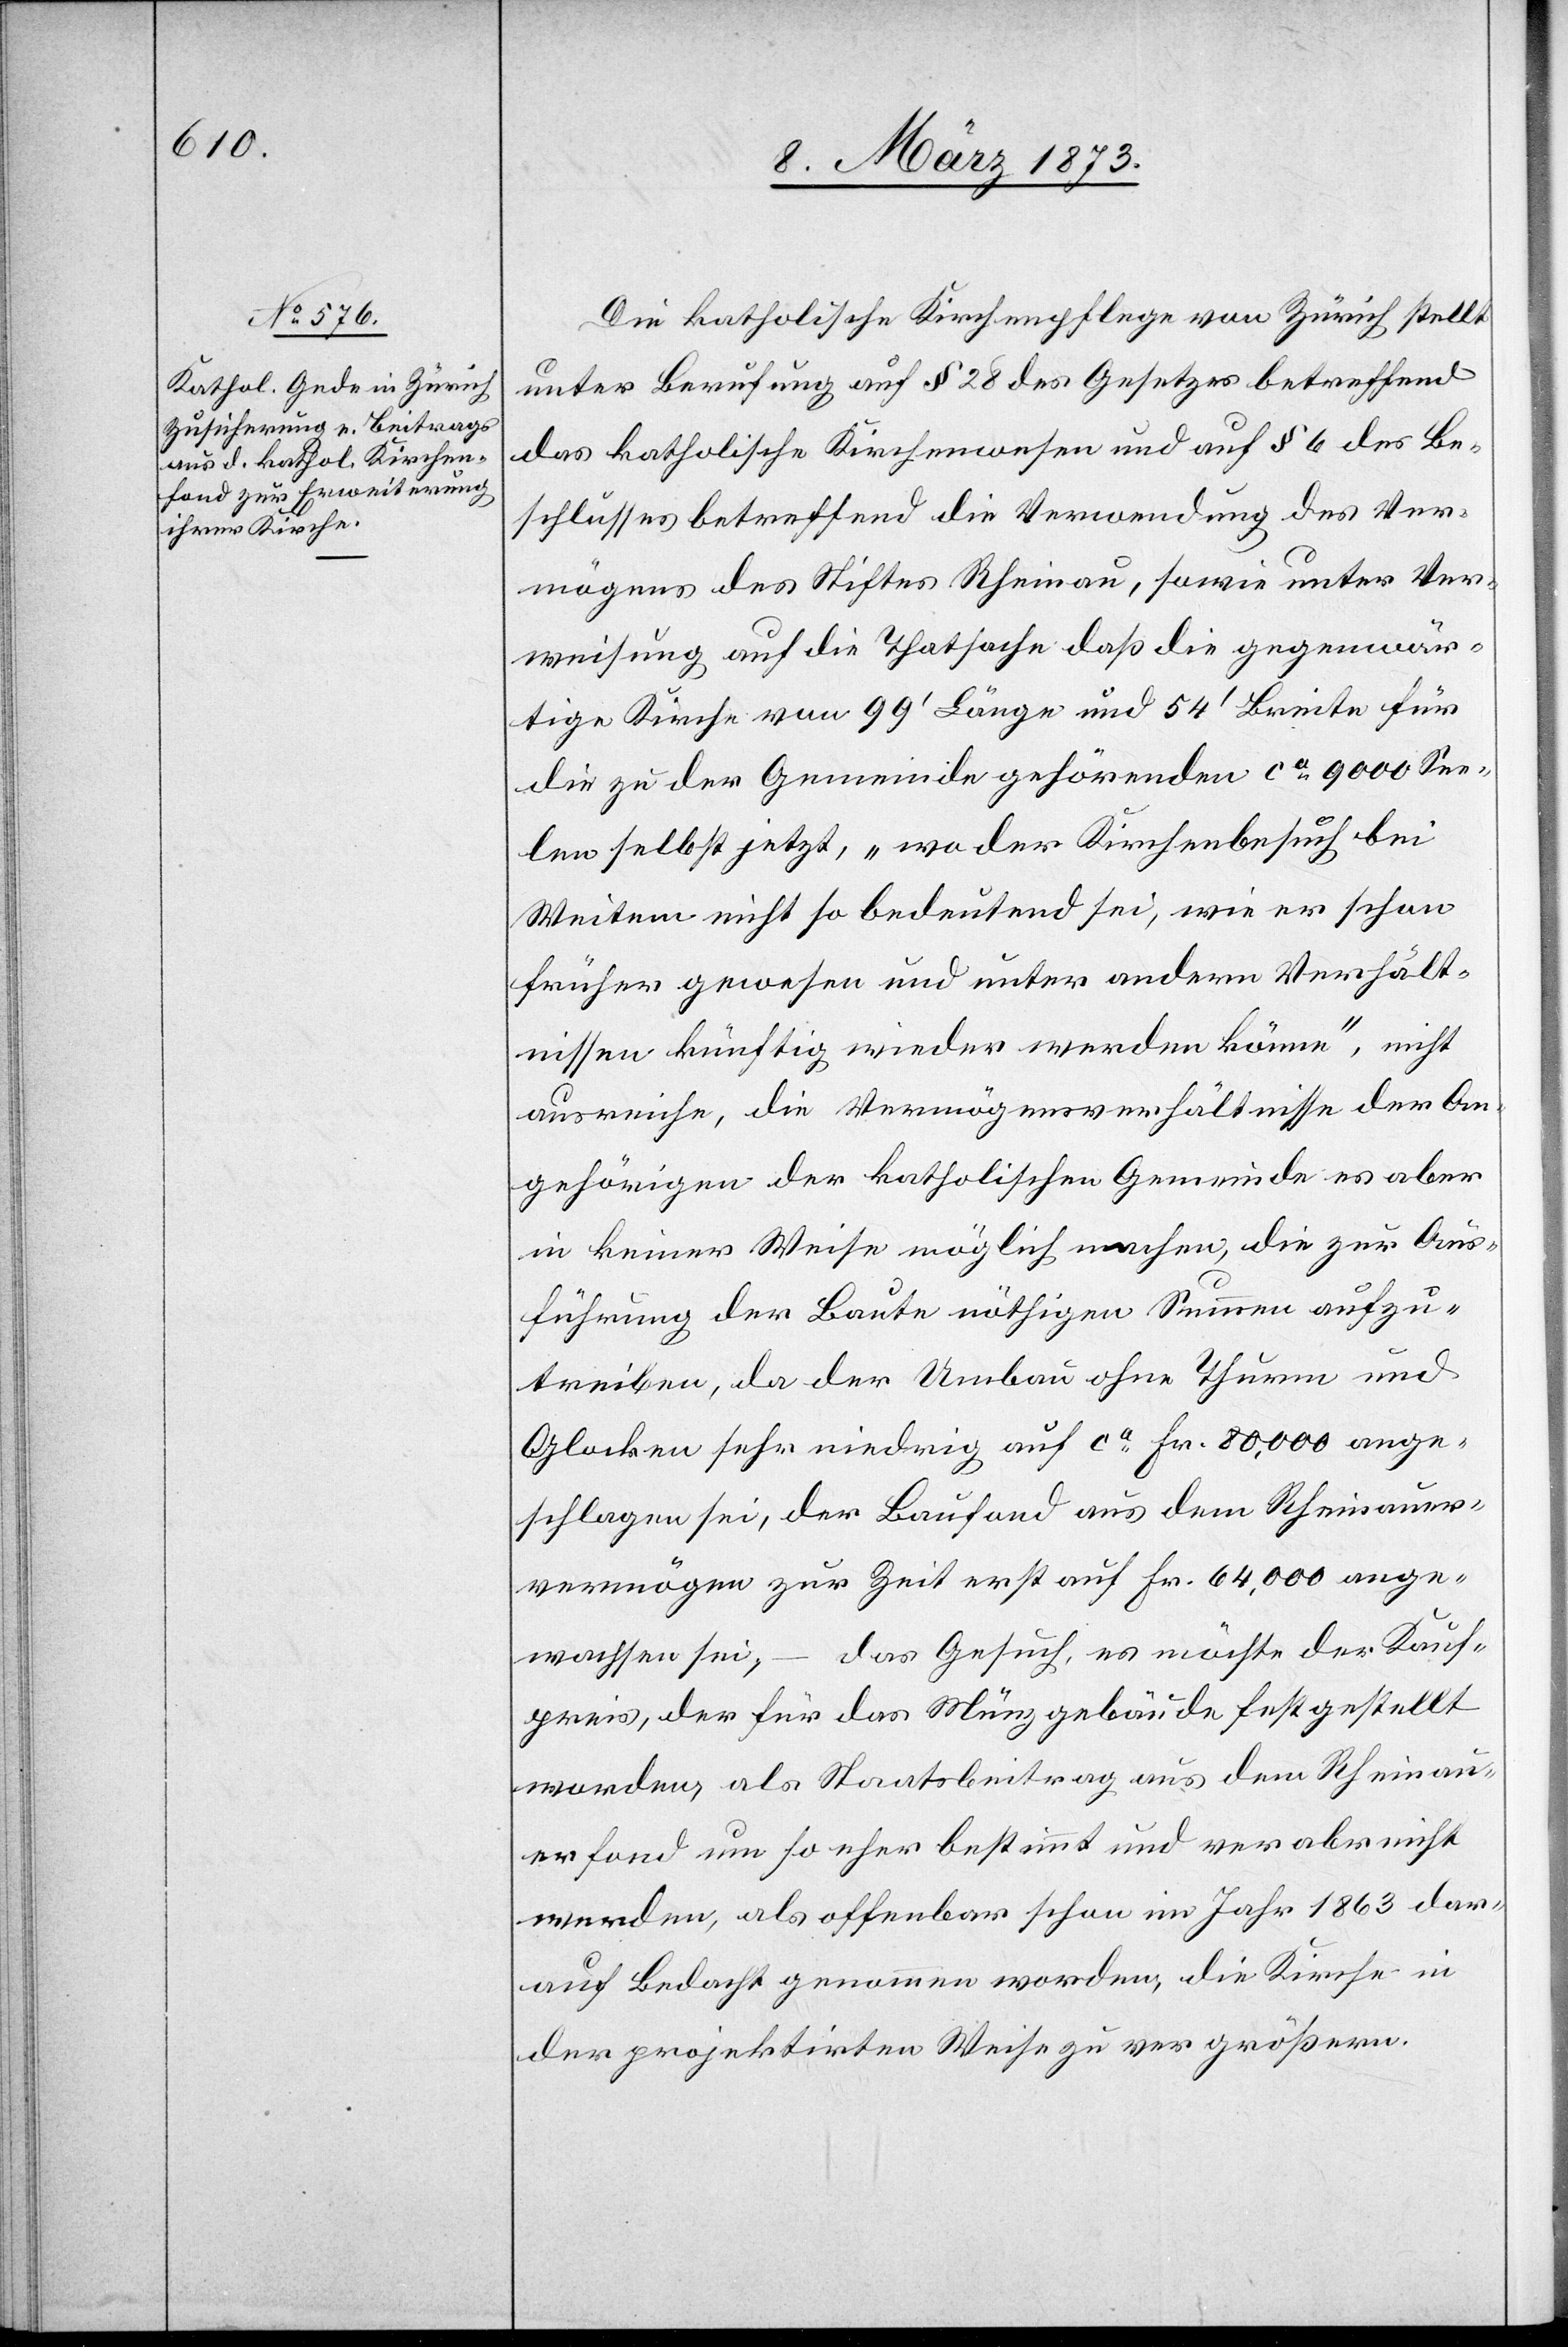
Die katholische Kirchenpflege von Zürich stellt
unter Berufung auf § 28 des Gesetzes betreffend
das katholische Kirchenwesen und auf § 6 des Be¬
schlusses betreffend die Verwendung des Ver¬
mögens des Stiftes Rheinau, sowie unter Ver¬
weisung auf die Thatsache[,] daß die gegenwär¬
tige Kirche von 99’ Länge und 54’ Breite für
die zu der Gemeinde gehörenden ca 9000 See¬
len selbst jetzt, „wo der Kirchenbesuch bei
Weitem nicht so bedeutend sei, wie er schon
früher gewesen und unter andern Verhält¬
nissen künftig wieder werden könne“, nicht
ausreiche, die Vermögensverhältnisse der An¬
gehörigen der katholischen Gemeinde es aber
in keiner Weise möglich machen, die zur Aus¬
führung der Baute nöthigen Summen aufzu¬
treiben, da der Umbau ohne Thurm und
Glocken sehr niedrig auf ca Fr. 80,000 ange¬
schlagen sei, der Baufond aus dem Rheinauer¬
vermögen zur Zeit erst auf Fr. 64,000 ange¬
wachsen sei, – das Gesuch, es möchte der Kauf¬
preis, der für das Münzgebäude festgestellt
worden, als Staatsbeitrag aus dem Rheinau¬
er Fond um so eher bestimmt und verabreicht
werden, als offenbar schon im Jahr 1863 dar¬
auf Bedacht genommen worden, die Kirche in
der projektirten Weise zu vergrößern.